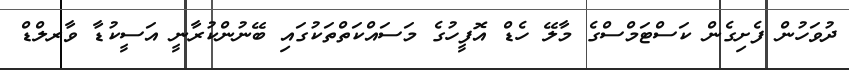
ދުވަހުން ފެށިގެން ކަސްޓަމްސްގެ މާލޭ ހެޑް އޮފީހުގެ މަސައްކަތްތަކުގައި ބޭނުންކުރާނީ އަސީކުޑާ ވާރލްޑް